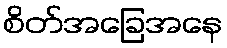
စိတ်အခြေအနေ